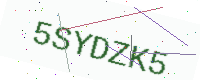
Text: 5SYDZK5